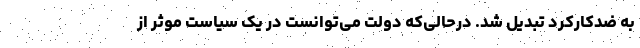
به ضدکارکرد تبدیل شد. درحالی‌که دولت می‌‌توانست در یک سیاست موثر از